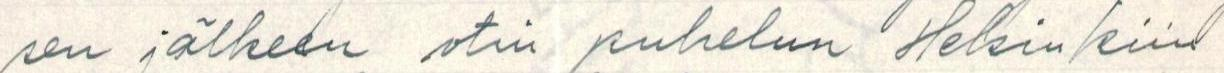
sen jälkeen otin puhelun Helsinkiin